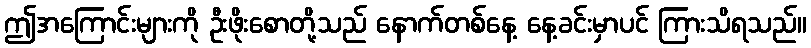
ဤအကြောင်းများကို ဦးဖိုးစောတို့သည် နောက်တစ်နေ့ နေ့ခင်းမှာပင် ကြားသိရသည်။